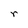
Character: r